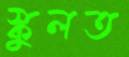
স্কুলত